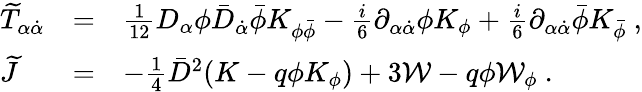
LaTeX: \begin{array}{lll}{{{\widetilde T}_{\alpha{\dot{\alpha}}}}}&{{=}}&{{\frac{1}{12}D_{\alpha}\phi{\bar{D}}_{\dot{\alpha}}{\bar{\phi}}K_{\phi{\bar{\phi}}}-\frac{i}{6}\partial_{\alpha{\dot{\alpha}}}\phi K_{\phi}+\frac{i}{6}\partial_{\alpha{\dot{\alpha}}}{\bar{\phi}}K_{\bar{\phi}}\ ,}}\\ {{{\widetilde J}}}&{{=}}&{{-\frac{1}{4}{\bar{D}}^{2}(K-q\phi K_{\phi})+3{\mathcal W}-q\phi{\mathcal W}_{\phi}\ .}}\end{array}